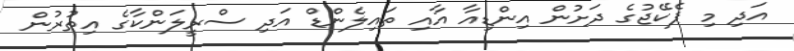
އަދި މި ޕެކޭޖުގެ ދަށުން އިންޑިއާ އާއި ތައިލެންޑް އަދި ސްރީލަންކާގެ އިތުރުން